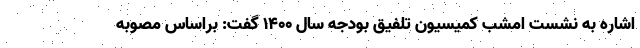
اشاره به نشست امشب کمیسیون تلفیق بودجه سال 1400 گفت: براساس مصوبه